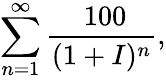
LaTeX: \sum_{n=1}^{\infty}{\frac{\ 100}{(1+I)^{n}}},